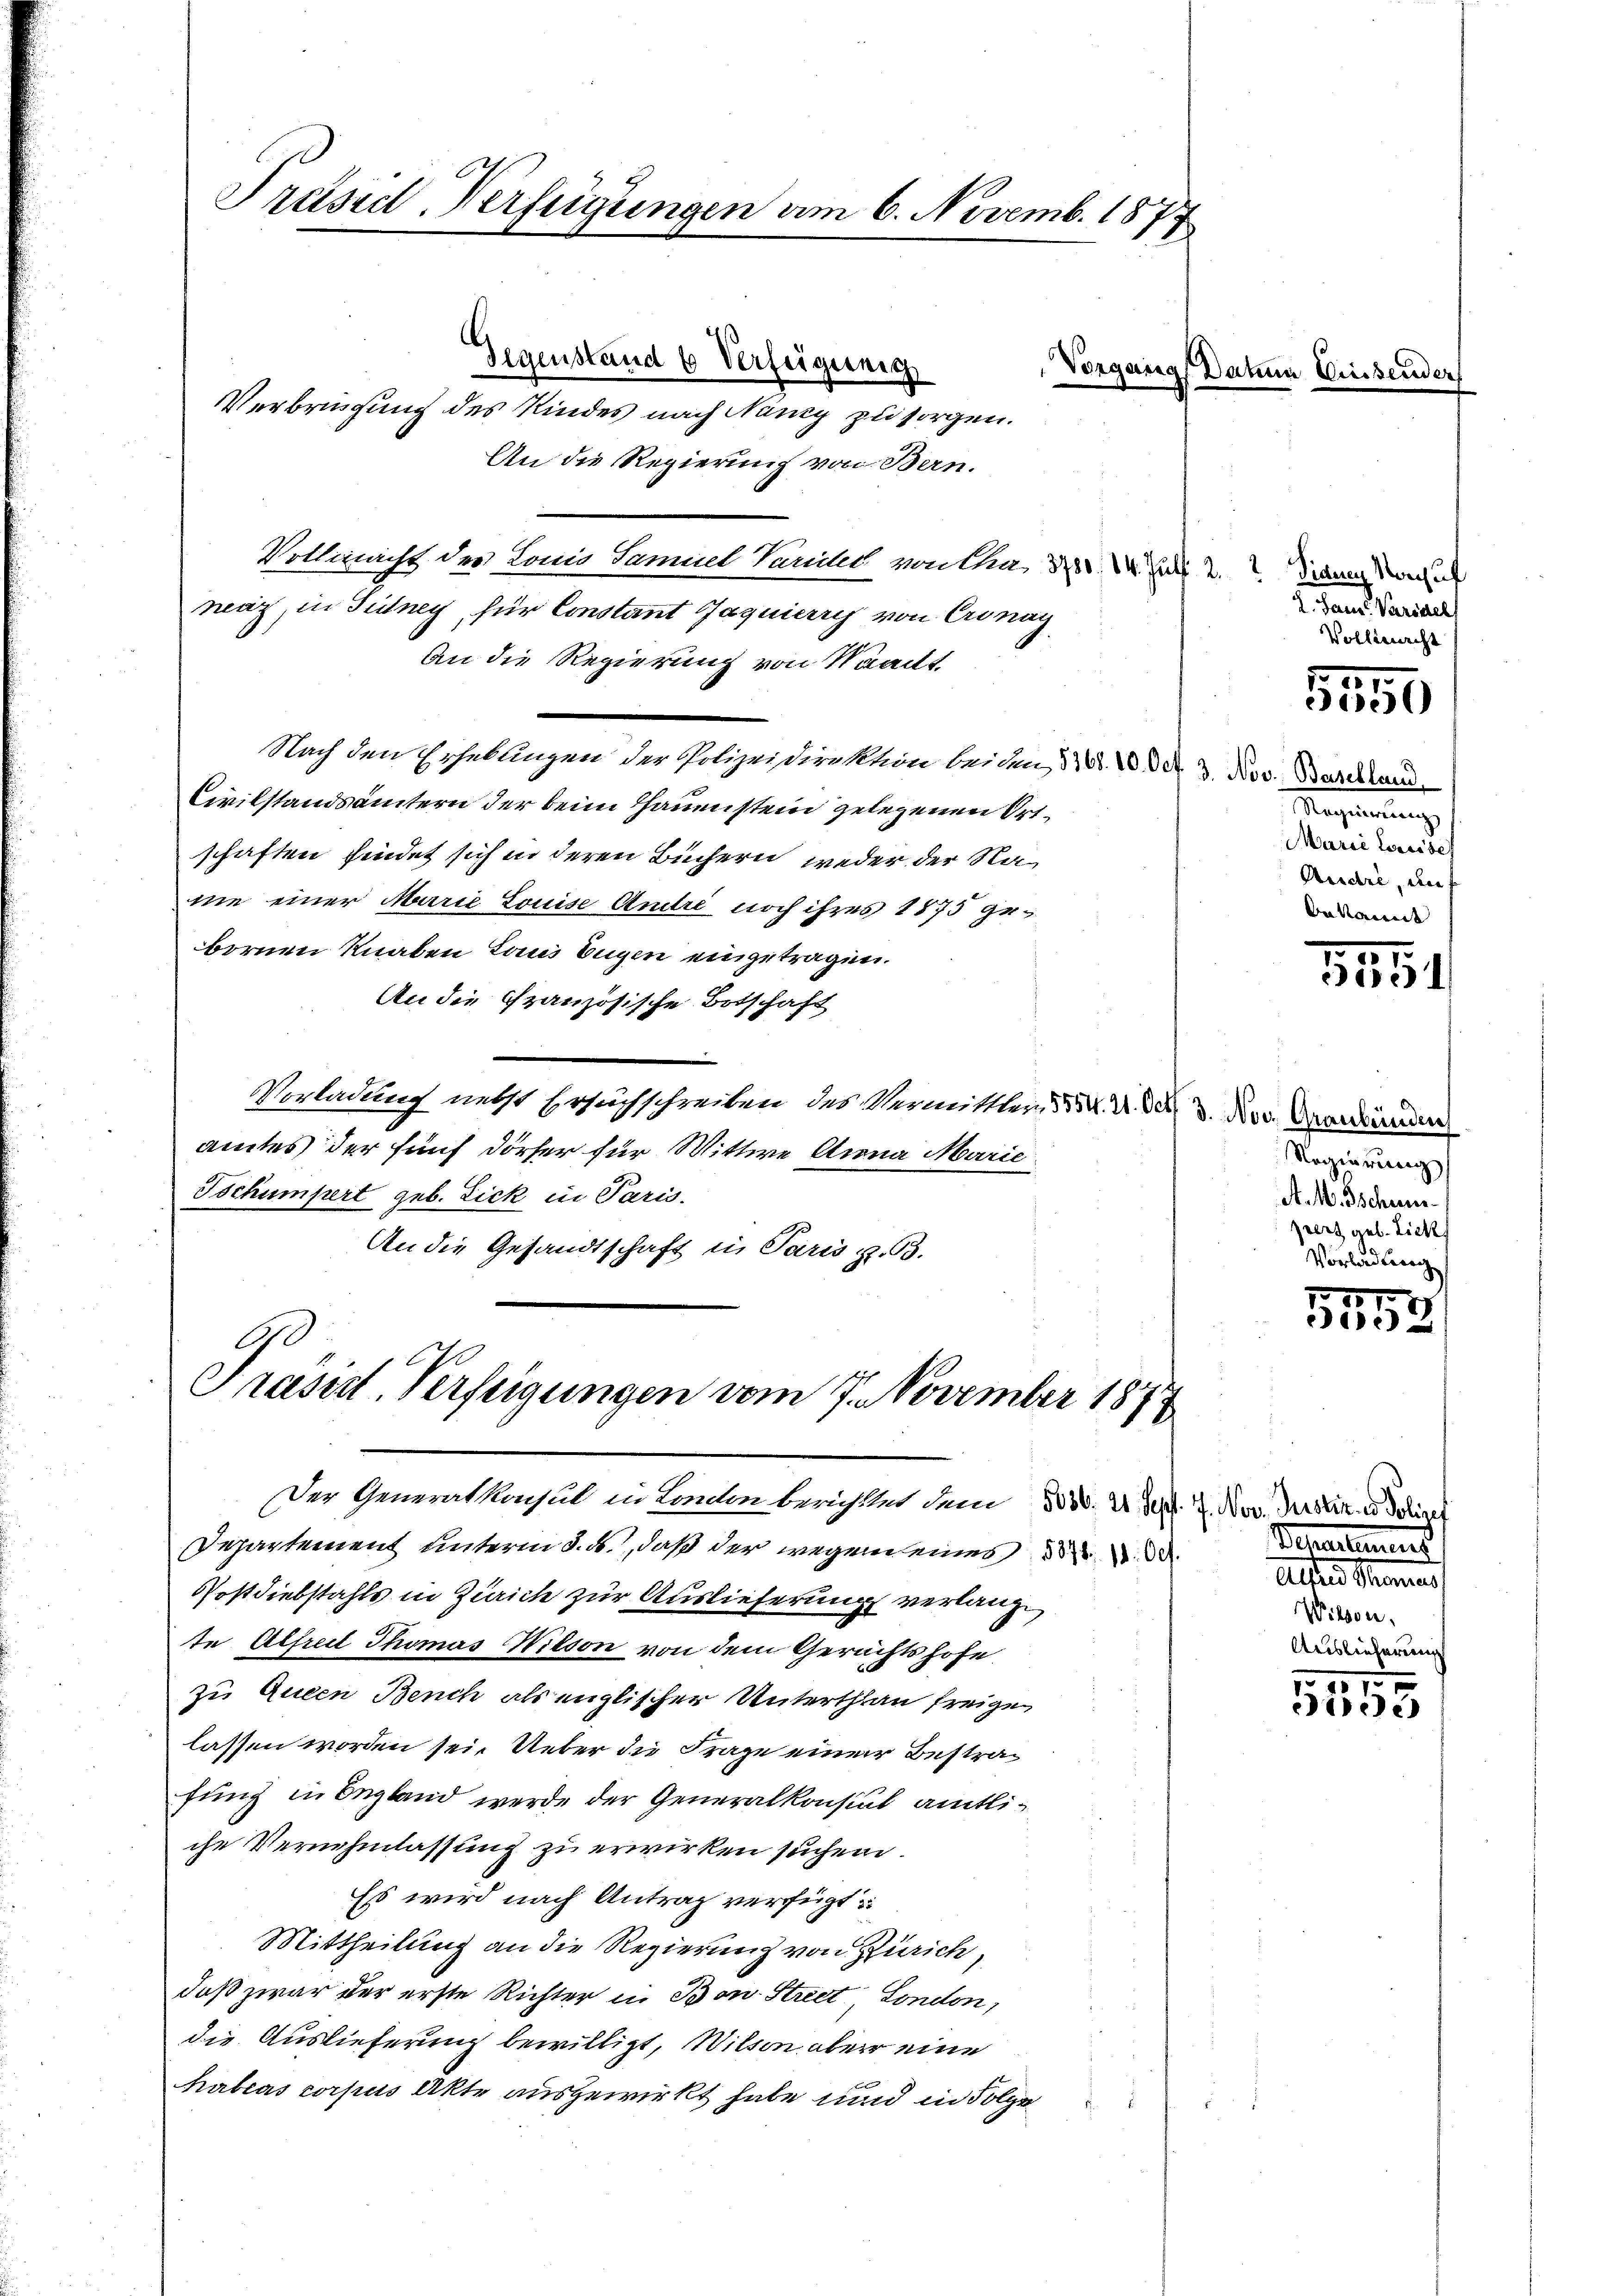
Präsid-Verfügungen am 6. Novemb. 1877

Nach den Erhebungen der Polizeidirektion bei den 12. d. d. 3. Nov. Barkann
Civilstandsämtern der beim Haunistein gelegenen Ortschaften findet sich in deren Büchern, weder der Nanie einer Marie Louise Andre noch ihres 1875 gebornen Knaben Laus Eugen eingetragen.
An die Französische Botschaft
Vorladung nebst Ersuchschreiben des Vermittler, d. M. D. S. 3. Nov. Veränden
amtes der fünf Dörfer für Wittwe Anna Marie
Tschumpert geb. Zick in Paris.
An die Gesandtschaft in Paris z. B.

Gegenstand 6 Verfügung
Verbringung des Kindes nach Nany zu sorgen.
An die Regierung von Bern.
Rollinricht, der Lonio Samuel Vanilles von Cha, 320. d. Js 2. Dienen Sachen
neaz, in Teilney für Constant Jaquierris von Cronay
an die Regierung von Waadt.

i
Präsid. Verfeigungen vom 7. November 187
Der Generalkonsul in London berichttet dem 303. 2. Sept. 1. Nov. Artiker Police

Departement unterm 5. ds., daß der wegen eines
Postdiebstahls in Zürich zur Auslieferung verlange
te Alfreil Thomas Wilson von dem Gerichtshofe
zu Queen Bench als englischer Unterthan freigen
lassen worden sei. Ueber die Frage einer Bestrafung in Begland werde der Generalkonsul amtliche Vernehmlassung zu erwirken suchen.
Es wird nach Antrag verfügt
Mittheilung an die Regierung von Zürich,
daß zwar der erste Richter in Bon Streit, London,
die Auslieferung bewilligt, Wilson aber eine
Kabeas corpus Akte ausgewirkt habe und in Folge

Separtement
Alters Mannes
Wilson.
Auslieferung

Vorgang Datum Diesende

J. dann Variel
Vollmacht

17
e

Regierung
Marie lesisch
Andre, auf
bekannt

51

Regierung
A. M. Tschun
perz ael. Lick
Vorladung

1
2

1x
ise